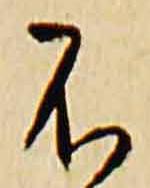
不